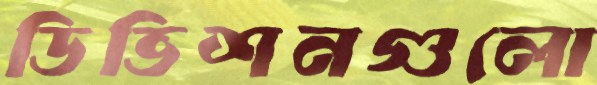
ডিভিশনগুলো